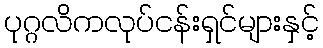
ပုဂ္ဂလိကလုပ်ငန်းရှင်များနှင့်